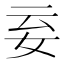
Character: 𡛍